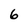
Character: 6